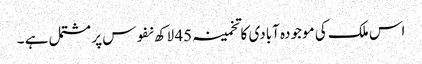
اس ملک کی موجودہ آبادی کا تخمینہ 45 لاکھ نفوس پر مشتمل ہے ۔